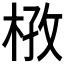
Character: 𭪔